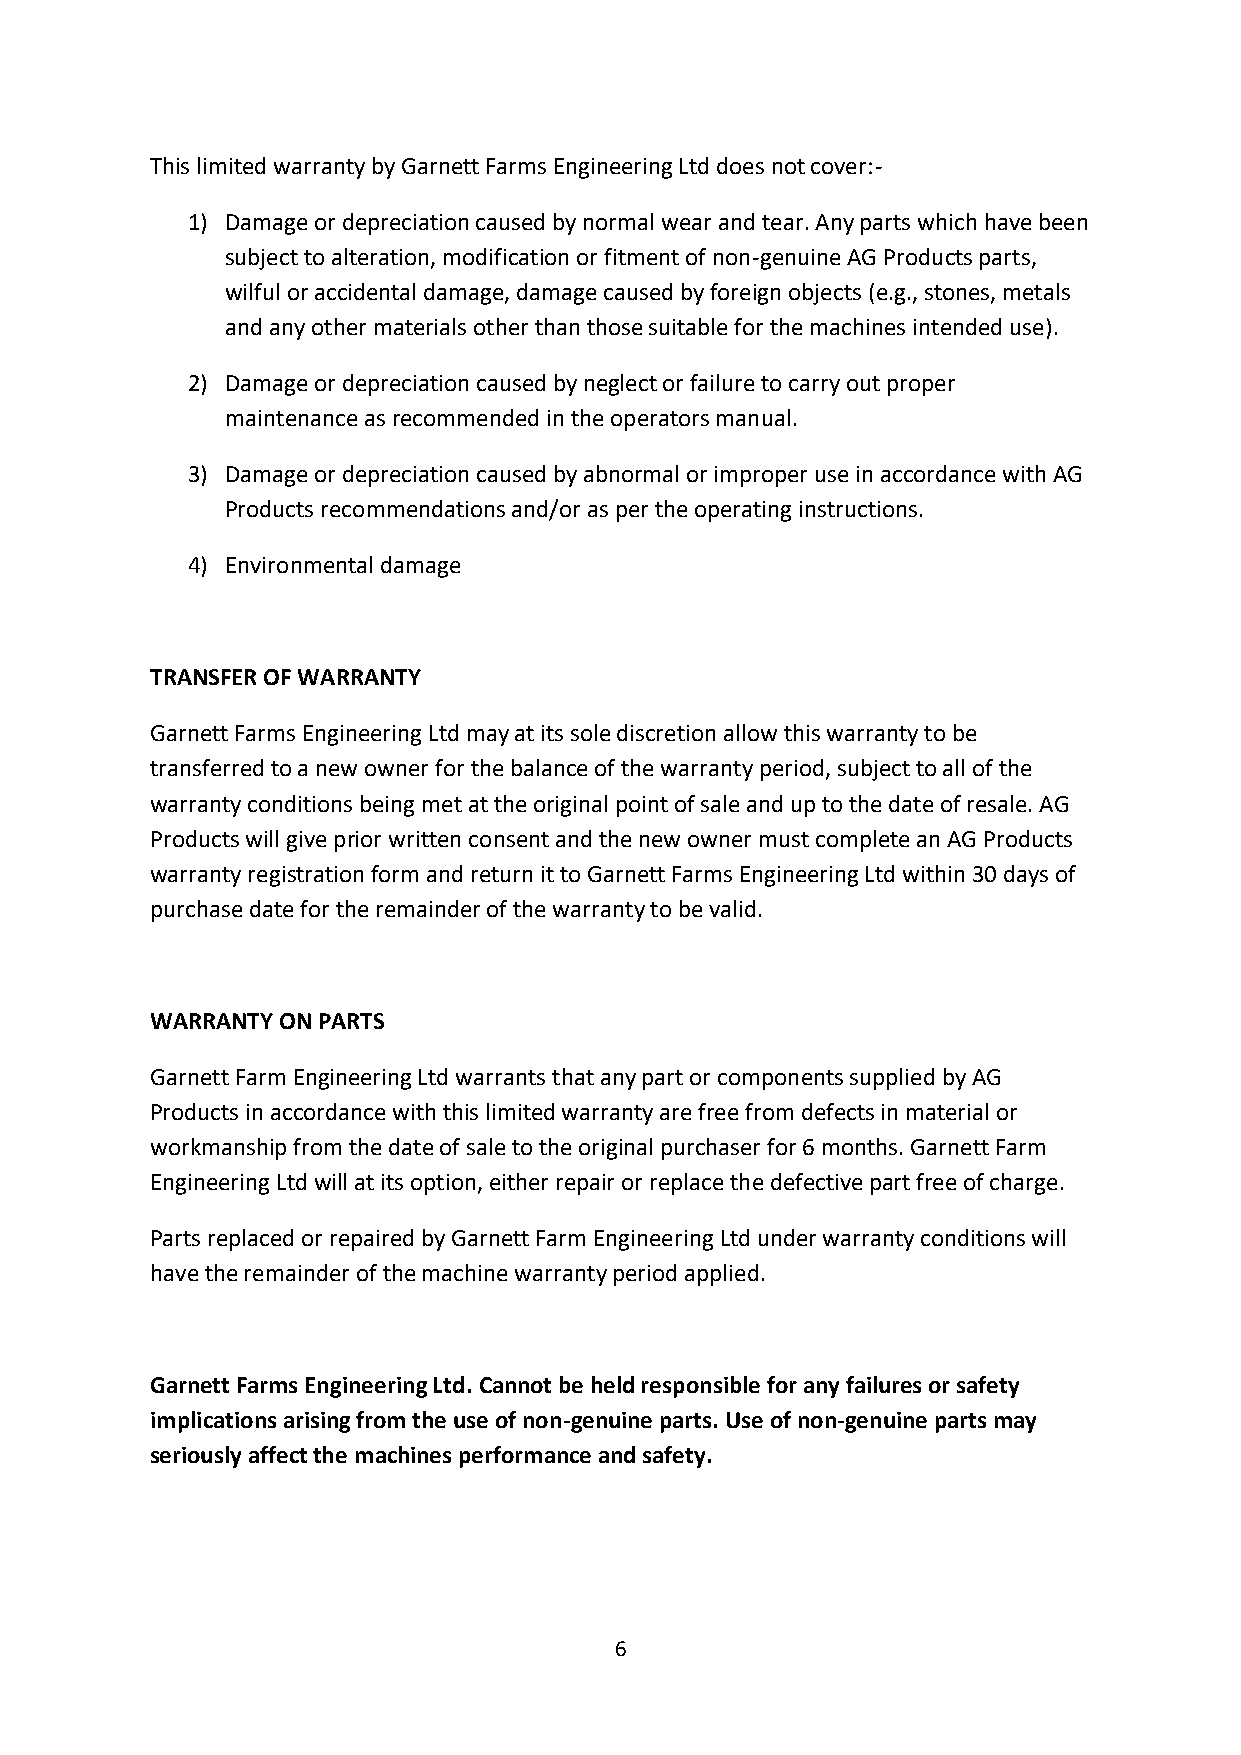
This limited warranty by Garnett Farms Engineering Ltd does not cover:-
 1) Damage or depreciation caused by normal wear and tear. Any parts which have been
 subject to alteration, modification or fitment of non-genuine AG Products parts,
 wilful or accidental damage, damage caused by foreign objects (e.g., stones, metals
 and any other materials other than those suitable for the machines intended use).
 2) Damage or depreciation caused by neglect or failure to carry out proper
 maintenance as recommended in the operators manual.
 3) Damage or depreciation caused by abnormal or improper use in accordance with AG
 Products recommendations and/or as per the operating instructions.
 4) Environmental damage
 TRANSFER OF WARRANTY
 Garnett Farms Engineering Ltd may at its sole discretion allow this warranty to be
 transferred to a new owner for the balance of the warranty period, subject to all of the
 warranty conditions being met at the original point of sale and up to the date of resale. AG
 Products will give prior written consent and the new owner must complete an AG Products
 warranty registration form and return it to Garnett Farms Engineering Ltd within 30 days of
 purchase date for the remainder of the warranty to be valid.
 WARRANTY ON PARTS
 Garnett Farm Engineering Ltd warrants that any part or components supplied by AG
 Products in accordance with this limited warranty are free from defects in material or
 workmanship from the date of sale to the original purchaser for 6 months. Garnett Farm
 Engineering Ltd will at its option, either repair or replace the defective part free of charge.
 Parts replaced or repaired by Garnett Farm Engineering Ltd under warranty conditions will
 have the remainder of the machine warranty period applied.
 Garnett Farms Engineering Ltd. Cannot be held responsible for any failures or safety
 implications arising from the use of non-genuine parts. Use of non-genuine parts may
 seriously affect the machines performance and safety.
 6